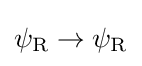
\psi _{\rm {R}}\rightarrow \psi _{\rm {R}}